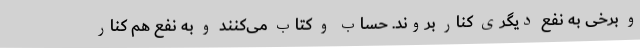
و برخی به نفع دیگری کنار بروند. حساب و کتاب می‌کنند و به نفع هم کنار